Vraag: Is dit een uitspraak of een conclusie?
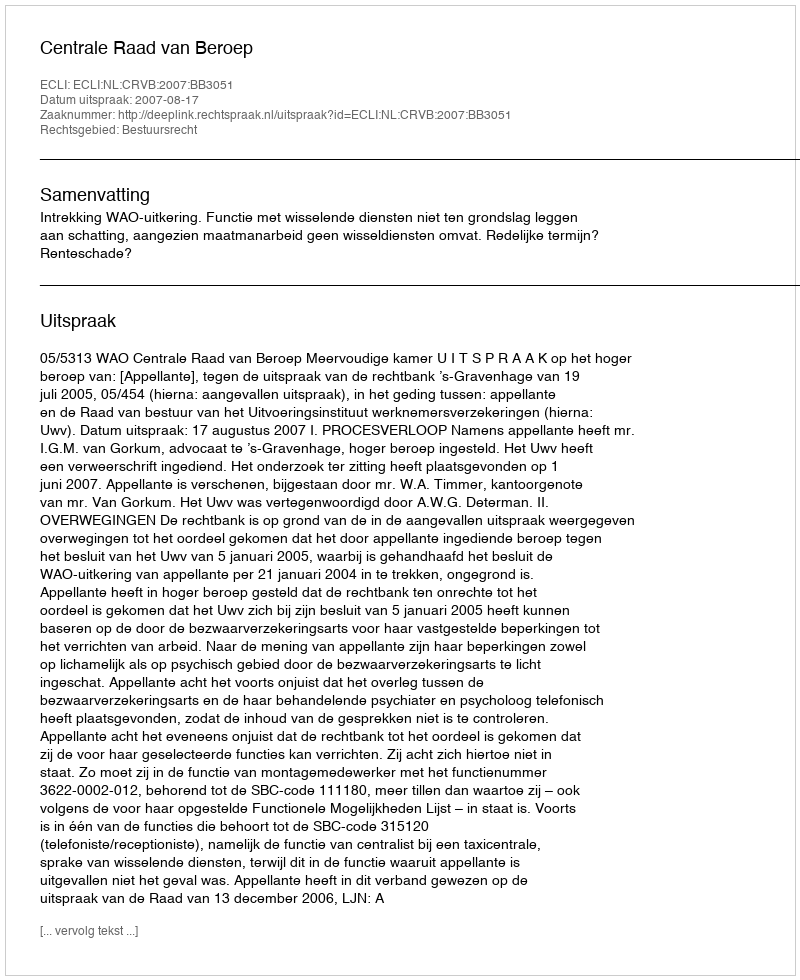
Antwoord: Uitspraak